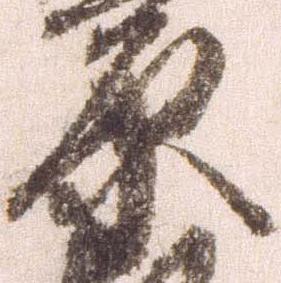
原